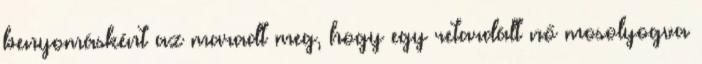
benyomásként az maradt meg, hogy egy retardált nő mosolyogva